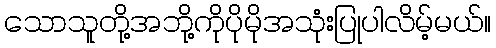
သောသူတို့အဘို့ကိုပိုမိုအသုံးပြုပါလိမ့်မယ်။